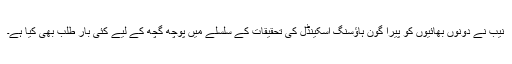
نیب نے دونوں بھائیوں کو پیرا گون ہاؤسنگ اسکینڈل کی تحقیقات کے سلسلے میں پوچھ گچھ کے لیے کئی بار طلب بھی کیا ہے۔